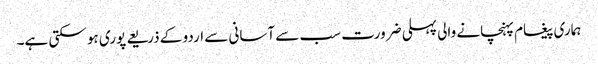
ہماری پیغام پہنچانے والی پہلی ضرورت سب سے آسانی سے اردو کے ذریعے پوری ہو سکتی ہے۔